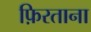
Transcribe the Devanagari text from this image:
फ़िरताना